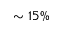
\sim 1 5 \%